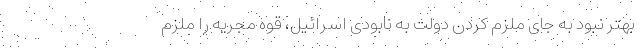
بهتر نبود به جای ملزم کردن دولت به نابودی اسرائیل، قوه مجریه را ملزم